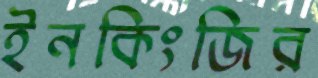
ইনকিংজির